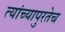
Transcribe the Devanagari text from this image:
त्यांच्यापुरतेच